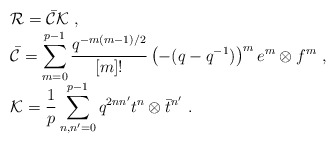
\begin{align*}\begin{array}{rcl}& &{\cal R}=\bar{\cal C}{\cal K}~,\\& &\bar{\cal C}=\displaystyle\sum_{m=0}^{p-1} \frac{q^{-m(m-1)/2}}{[m]!}\left(-(q-q^{-1})\right)^m e^m\otimes f^m~,\\& &{\cal K}=\displaystyle\frac{1}{p}\sum_{n,n'=0}^{p-1}q^{2nn'}t^n \otimes\bar{t}^{n'}~.\end{array}\end{align*}